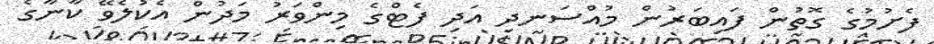
ފެށުމުގެ ގޮތުން ފައިބަރުން މުއްސަނދި އަދި ފެޓްގެ މިންވަރު މަދުން އެކުލެވޭ ކާނާގެ